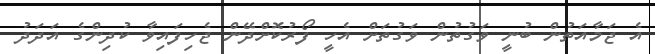
އެ ޖަމާއަތުން ބުނީ ވަގުތުން ވަގުތަށް އެހީ ފޯރުކޮށްދޭން ޖެހިފައިިވާ ކުދިންގެ އަދަދު